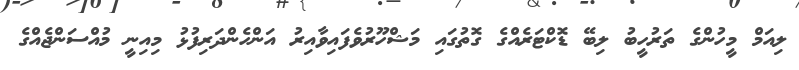
ލިއަމް މީހުންގެ ތަރުހީބު ލިބޭ ޑޮކްޓަރެއްގެ ގޮތުގައި މަޝްހޫރުވެފައިވާއިރު އަންހެންދަރިފުޅު މިއިނީ މުއްސަންޖެއްގެ